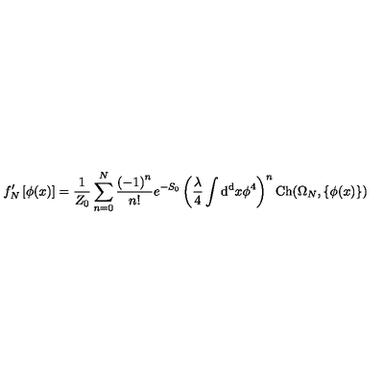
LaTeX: f _ { N } ^ { \prime } \left[ \phi ( x ) \right] = { \frac { 1 } { Z _ { 0 } } } \sum _ { n = 0 } ^ { N } { \frac { \left( - 1 \right) ^ { n } } { n ! } } e ^ { - S _ { 0 } } \left( { \frac { \lambda } { 4 } } \int \mathrm { d ^ { d } } x \phi ^ { 4 } \right) ^ { n } \mathrm { C h } ( \Omega _ { N } , \left\{ \phi ( x ) \right\} )